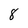
Character: 8